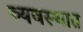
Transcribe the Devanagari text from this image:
व्यवस्थात